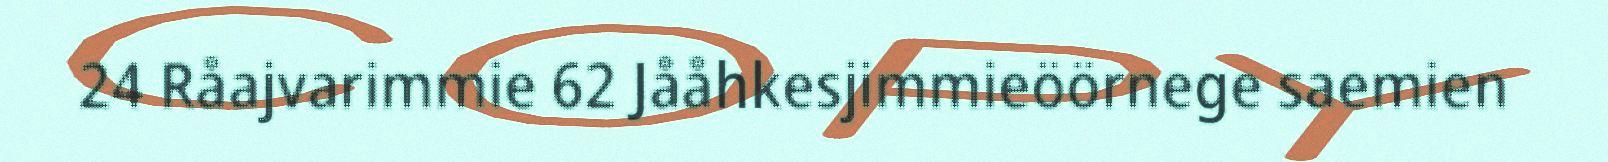
24 Råajvarimmie 62 Jååhkesjimmieöörnege saemien